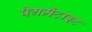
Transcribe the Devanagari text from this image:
पैगमैटाइट